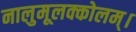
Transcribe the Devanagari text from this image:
नालुमूलक्कोलम्।